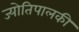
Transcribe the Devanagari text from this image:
ज्योतिपालकी